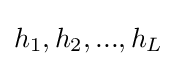
h_{1},h_{2},...,h_{L}